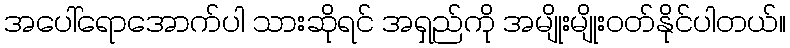
အပေါ်ရောအောက်ပါ သားဆိုရင် အရှည်ကို အမျိုးမျိုးဝတ်နိုင်ပါတယ်။